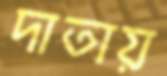
দাতায়